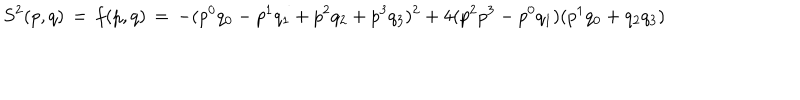
S ^ { 2 } ( p , q ) \, = \, f ( p , q ) \, = \, - ( p ^ { 0 } q _ { 0 } - p ^ { 1 } q _ { 1 } + p ^ { 2 } q _ { 2 } + p ^ { 3 } q _ { 3 } ) ^ { 2 } + 4 ( p ^ { 2 } p ^ { 3 } - p ^ { 0 } q _ { 1 } ) ( p ^ { 1 } q _ { 0 } + q _ { 2 } q _ { 3 } )